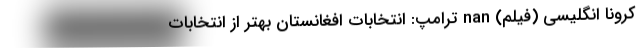
کرونا انگلیسی (فیلم) nan ترامپ: انتخاباتِ افغانستان بهتر از انتخابات